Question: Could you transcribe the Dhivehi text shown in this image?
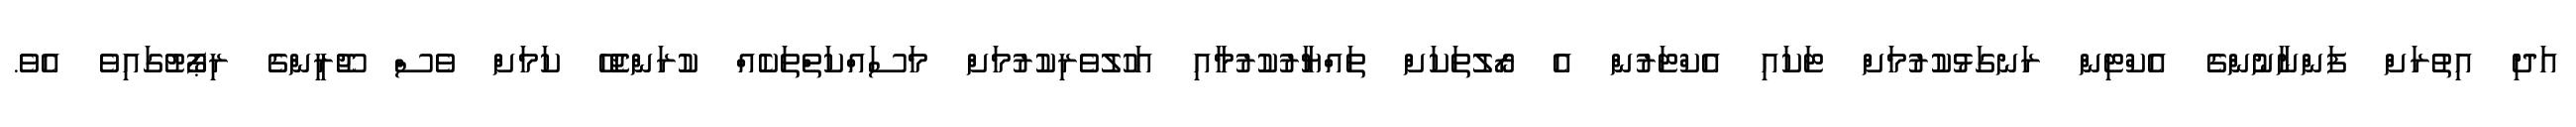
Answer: އަދި އިތުރަށް ފަންނާނުންގެ އެކްޓިން ރަނގަޅުކުރުމަށް ޓަކައި އެކްޓަރުން އެ ރޯލުތަކަށް ތައްޔާރުކުރުމާއި އަހުލުވެރިކުރުމަށް މަސައްކަތްތަކެއް ކުރަންޖެހޭ ކަމަށް ވެސް ޖޫރީންގެ ރިޕޯޓުގައިވެ އެވެ.